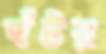
ঘঁটর